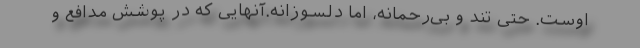
اوست. حتی تند و بی‌رحمانه، اما دلسوزانه.‌آنهایی که در پوشش مدافع و